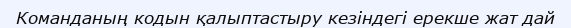
Команданың кодын қалыптастыру кезіндегі ерекше жат дай